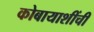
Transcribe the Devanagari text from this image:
कोबायाशींची